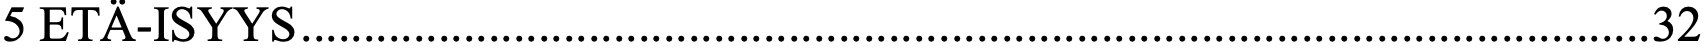
5 ETÄ-ISYYS ............................................................................................................ 32